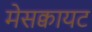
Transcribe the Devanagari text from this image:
मेसक्वायट